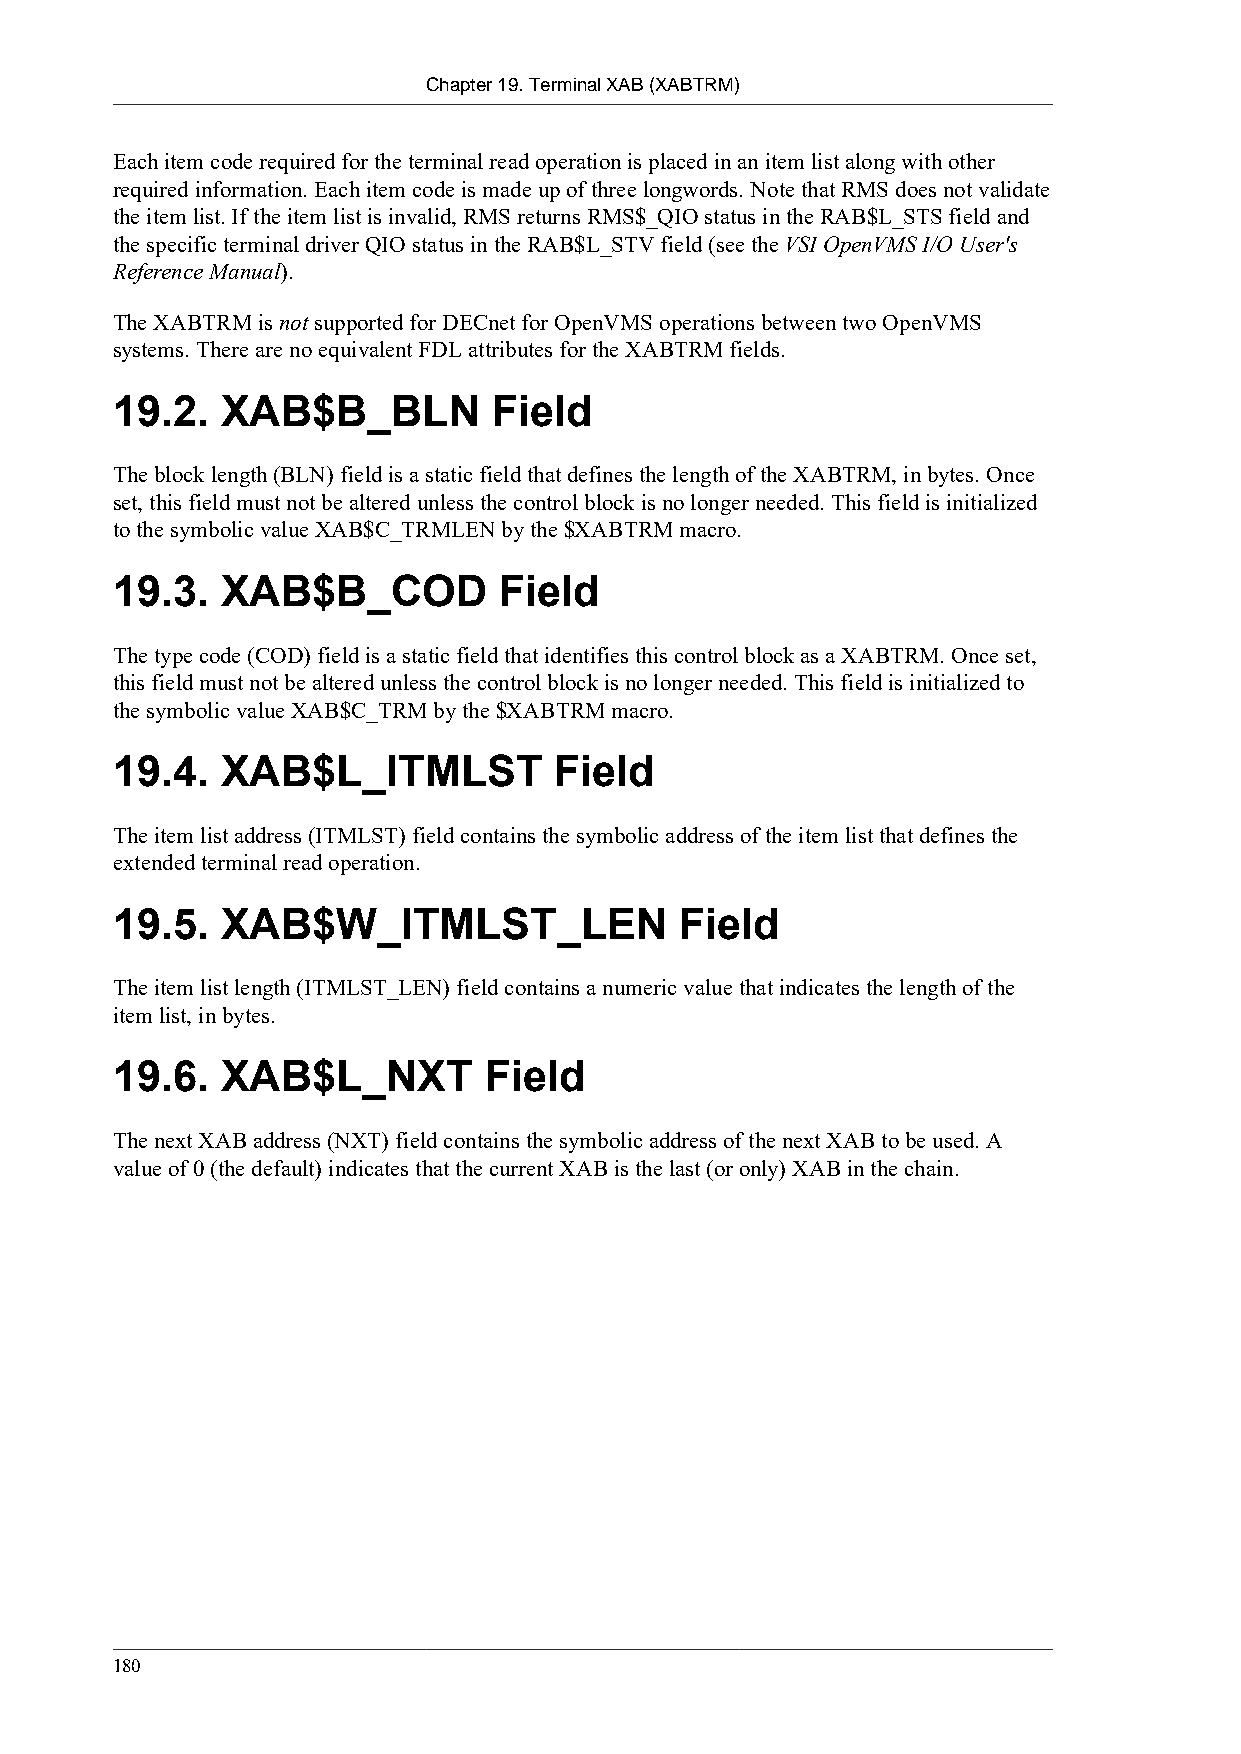
Chapter 19. Terminal XAB (XABTRM)
 Each item code required for the terminal read operation is placed in an item list along with other
 required information. Each item code is made up of three longwords. Note that RMS does not validate
 the item list. If the item list is invalid, RMS returns RMS$_QIO status in the RAB$L_STS field and
 the specific terminal driver QIO status in the RAB$L_STV field (see the VSI OpenVMS I/O User's
 Reference Manual).
 The XABTRM is not supported for DECnet for OpenVMS operations between two OpenVMS
 systems. There are no equivalent FDL attributes for the XABTRM fields.
 19.2.   XAB$B_BLN         Field
 The block length (BLN) field is a static field that defines the length of the XABTRM, in bytes. Once
 set, this field must not be altered unless the control block is no longer needed. This field is initialized
 to the symbolic value XAB$C_TRMLEN by the $XABTRM macro.
 19.3.   XAB$B_COD         Field
 The type code (COD) field is a static field that identifies this control block as a XABTRM. Once set,
 this field must not be altered unless the control block is no longer needed. This field is initialized to
 the symbolic value XAB$C_TRM by the $XABTRM macro.
 19.4.   XAB$L_ITMLST          Field
 The item list address (ITMLST) field contains the symbolic address of the item list that defines the
 extended terminal read operation.
 19.5.   XAB$W_ITMLST_LEN              Field
 The item list length (ITMLST_LEN) field contains a numeric value that indicates the length of the
 item list, in bytes.
 19.6.   XAB$L_NXT        Field
 The next XAB address (NXT) field contains the symbolic address of the next XAB to be used. A
 value of 0 (the default) indicates that the current XAB is the last (or only) XAB in the chain.
 180